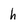
Character: h